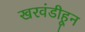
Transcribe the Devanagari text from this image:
खरवंडीहून